Problem: 43 + 12 = ?
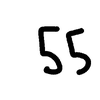
Handwritten answer: 55